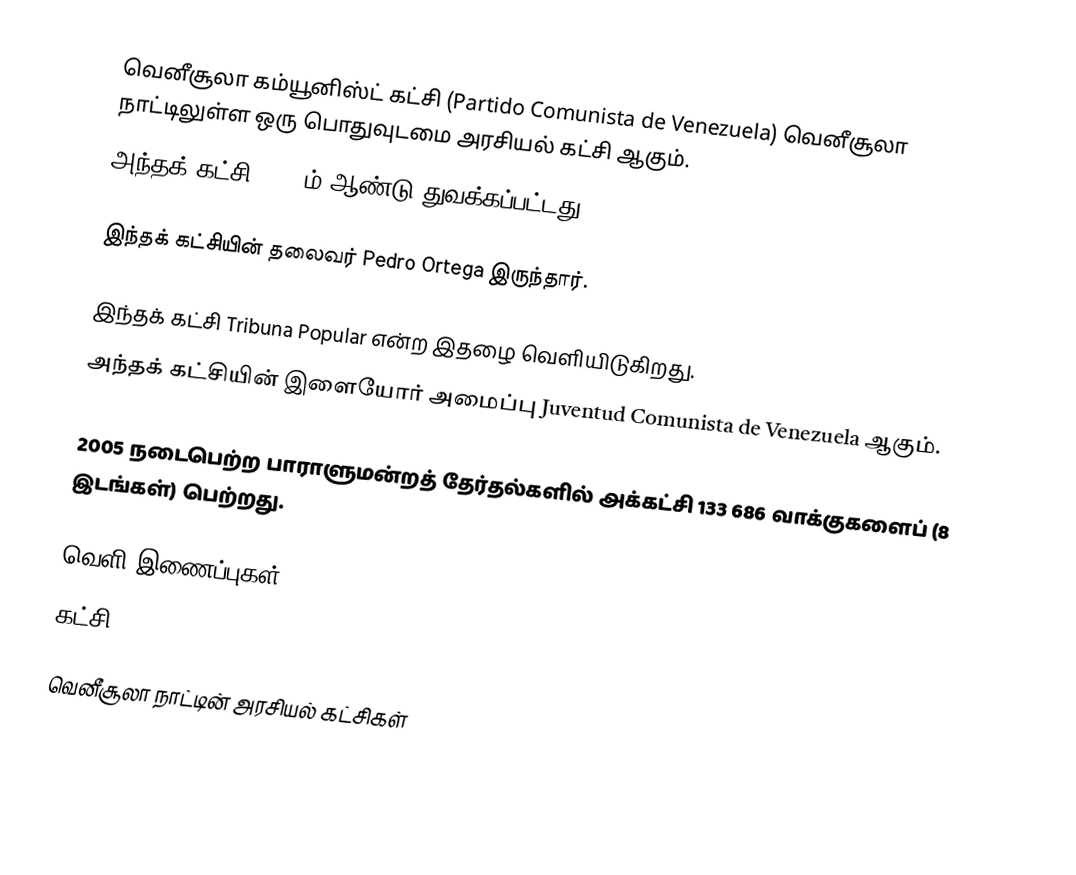
வெனீசூலா கம்யூனிஸ்ட் கட்சி (Partido Comunista de Venezuela) வெனீசூலா நாட்டிலுள்ள ஒரு பொதுவுடமை அரசியல் கட்சி ஆகும்.
அந்தக் கட்சி 1931-ம் ஆண்டு துவக்கப்பட்டது.

இந்தக் கட்சியின் தலைவர் Pedro Ortega இருந்தார்.

இந்தக் கட்சி Tribuna Popular என்ற இதழை வெளியிடுகிறது.
அந்தக் கட்சியின் இளையோர் அமைப்பு Juventud Comunista de Venezuela ஆகும்.

2005 நடைபெற்ற பாராளுமன்றத் தேர்தல்களில் அக்கட்சி 133 686 வாக்குகளைப் (8 இடங்கள்) பெற்றது.

வெளி இணைப்புகள்
கட்சி

வெனீசூலா நாட்டின் அரசியல் கட்சிகள்